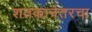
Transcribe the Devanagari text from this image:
शतकानंतरचा